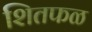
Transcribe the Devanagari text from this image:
शितफळ